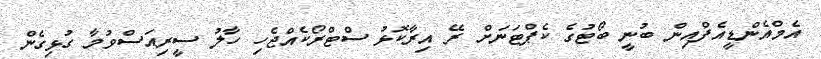
އެމްއެންޑީއެފްއިން ބުނީ ބޯޓުގެ ކެޕްޓަނަށް ރޭ އިރާކޮޅު ސްޓްރޯކެއްޖެހި ހާލު ސީރިއަސްވުމާ ގުޅިގެން